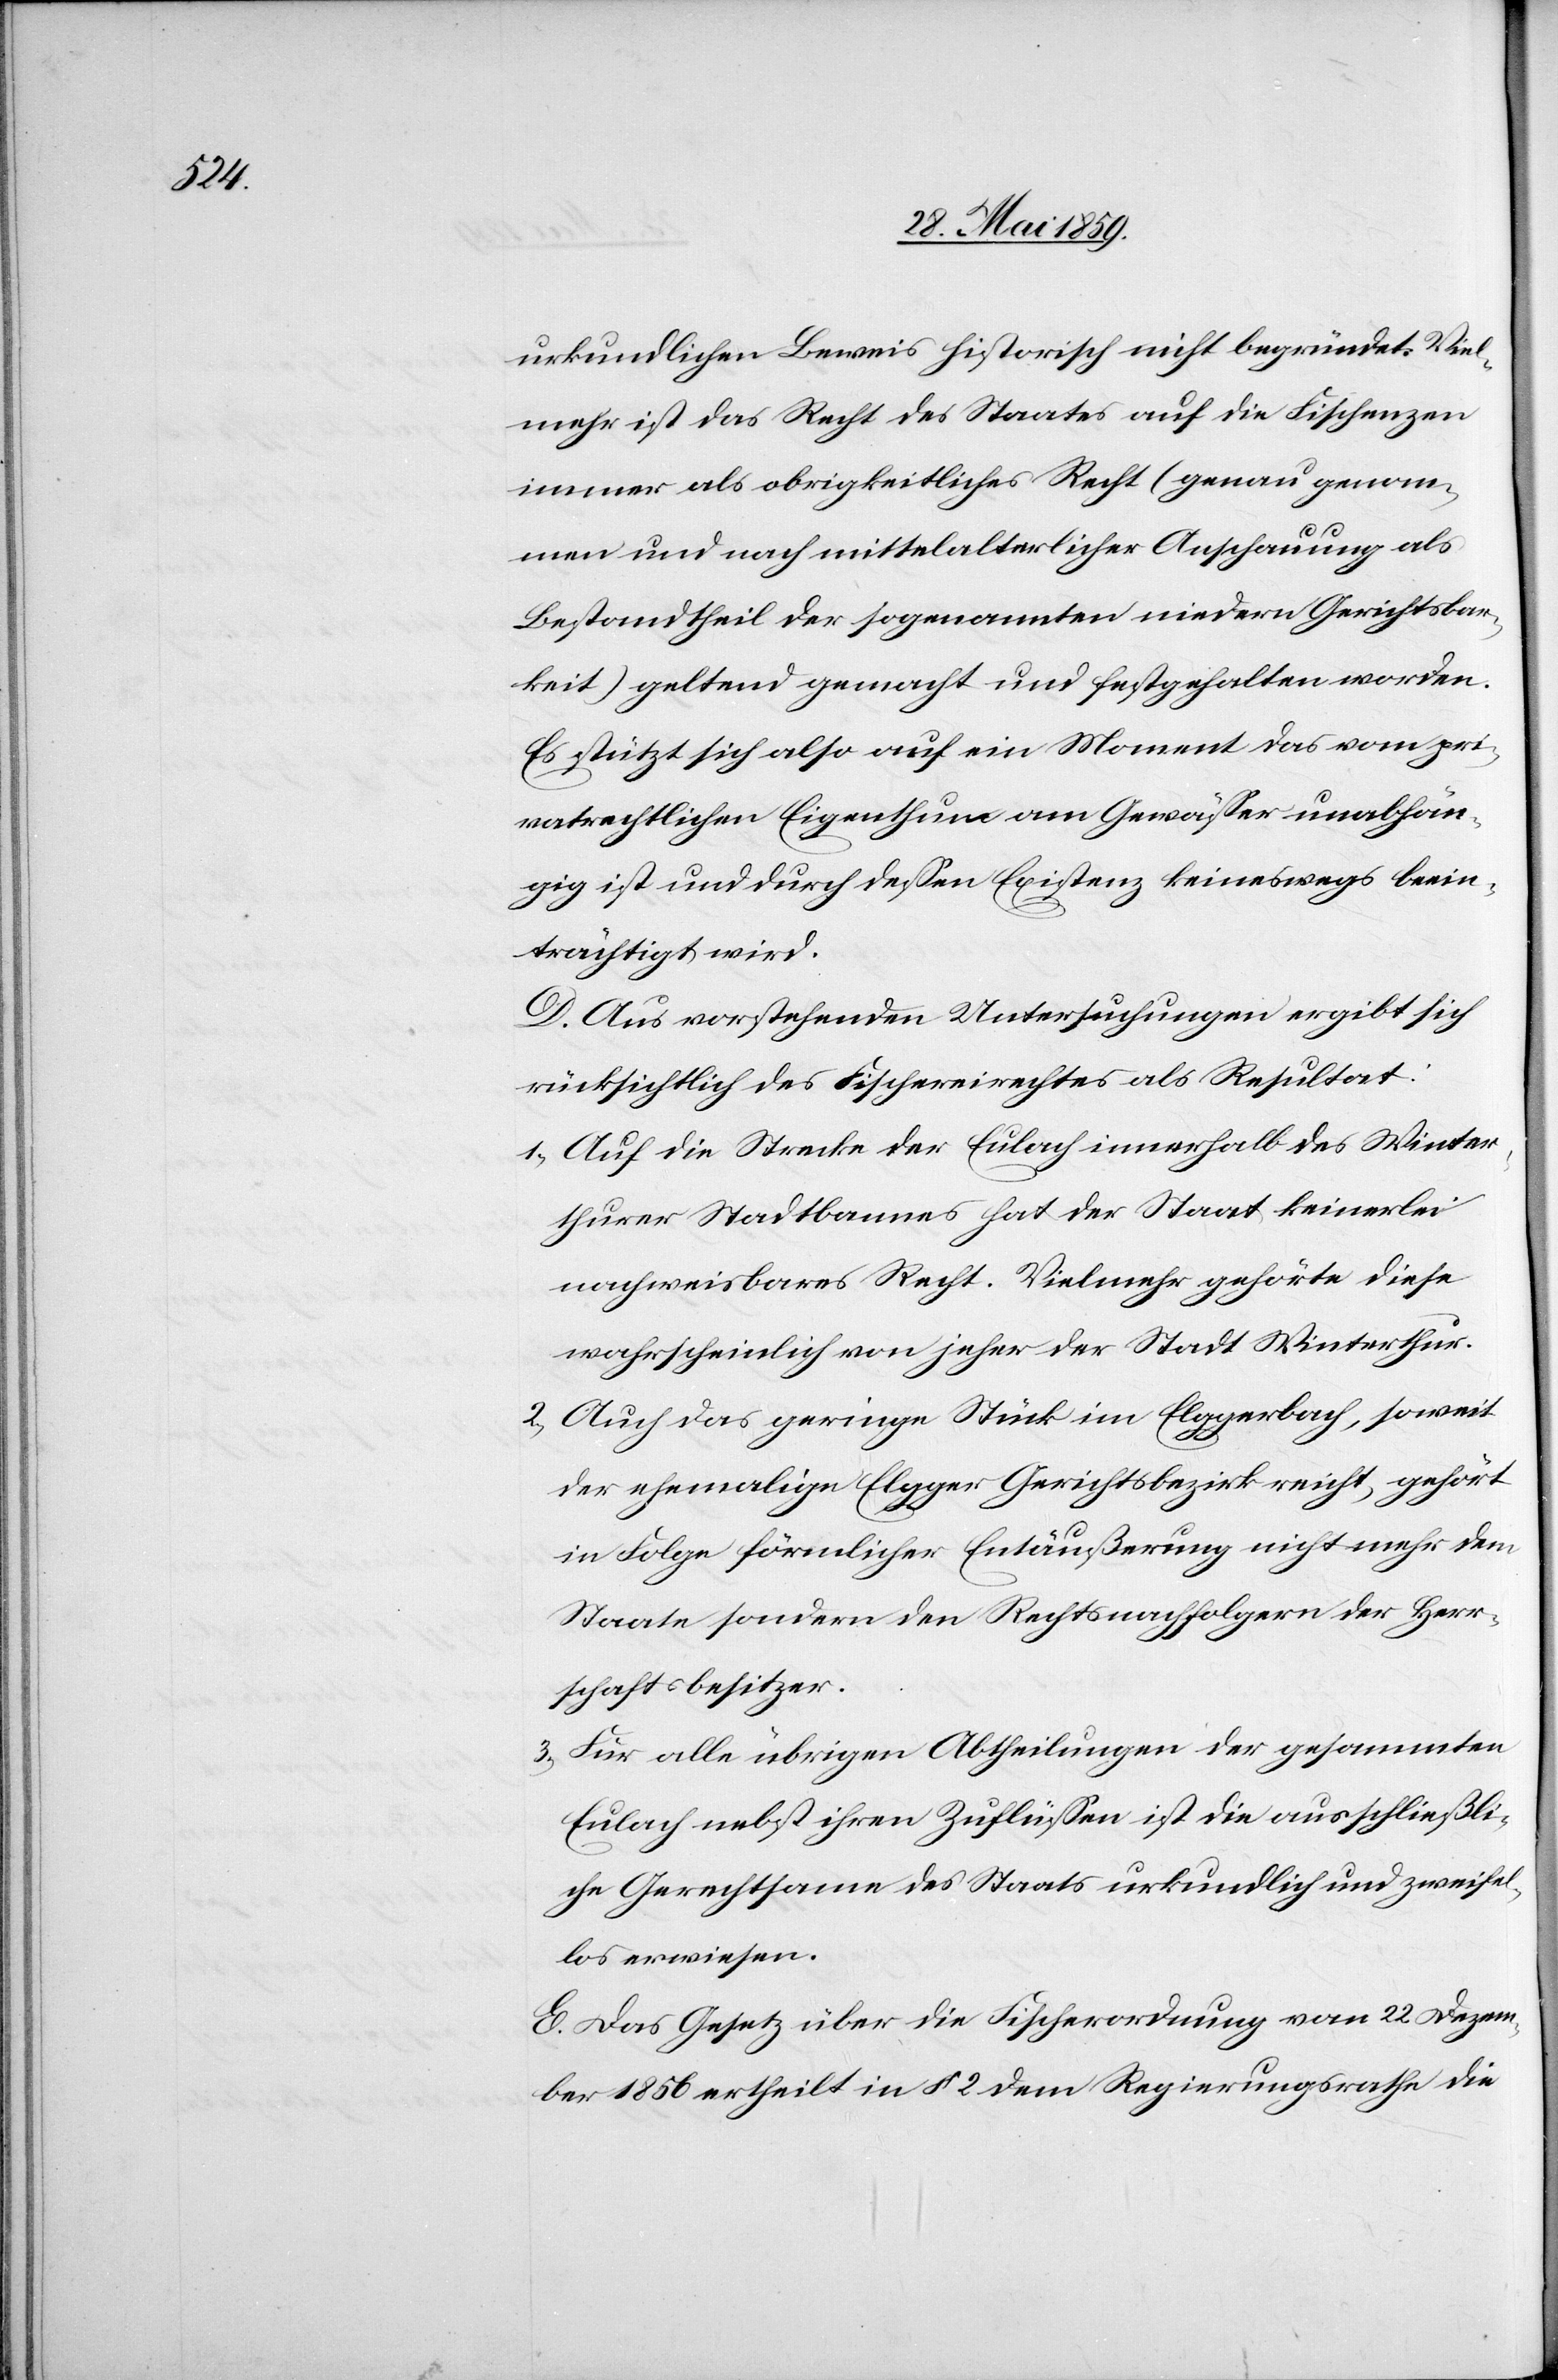
urkundlichen Beweis historisch nicht begründet. Viel¬
mehr ist das Recht des Staates auf die Fischenzen
immer als obrigkeitliches Recht (genau genom¬
men und nach mittelalterlicher Anschauung als
Bestandtheil der sogenannten niedern Gerichtsbar¬
keit) geltend gemacht und festgehalten worden.
Es stützt sich also auf ein Moment das vom pri¬
vatrechtlichen Eigenthum am Gewässer unabhän¬
gig ist und durch dessen Existenz keineswegs beein¬
trächtigt wird.
D. Aus vorstehenden Untersuchungen ergibt sich
rücksichtlich des Fischereirechtes als Resultat:
1) Auf die Strecke der Eulach innerhalb des Winter¬
thurer Stadtbannes hat der Staat keinerlei
nachweisbares Recht. Vielmehr gehörte diese
wahrscheinlich von jeher der Stadt Winterthur.
2) Auch das geringe Stück im Elggerbach, soweit
der ehemalige Elgger Gerichtsbezirk reicht, gehört
in Folge förmlicher Entäußerung nicht mehr dem
Staate sondern den Rechtsnachfolgern der Herr¬
schaftsbesitzer.
3) Für alle übrigen Abtheilungen der gesammten
Eulach nebst ihren Zuflüssen ist die ausschließli¬
che Gerechtsame des Staats urkundlich und zweifel¬
los erwiesen.
E. Das Gesetz über die Fischerordnung von 22 Dezem¬
ber 1856 ertheilt in § 2 dem Regierungsrath die